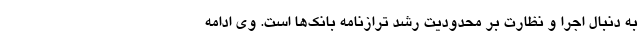
به دنبال اجرا و نظارت بر محدودیت رشد ترازنامه بانک‌ها است. وی ادامه